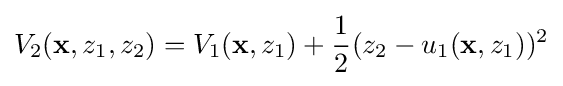
V_{2}(\mathbf {x} ,z_{1},z_{2})=V_{1}(\mathbf {x} ,z_{1})+{\frac {1}{2}}(z_{2}-u_{1}(\mathbf {x} ,z_{1}))^{2}